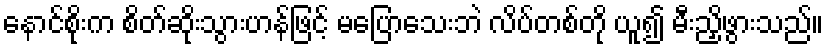
နောင်စိုးက စိတ်ဆိုးသွားဟန်ဖြင့် မပြောသေးဘဲ လိပ်တစ်တို ယူ၍ မီးညှိဖွားသည်။